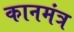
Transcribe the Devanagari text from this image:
कानमंत्र